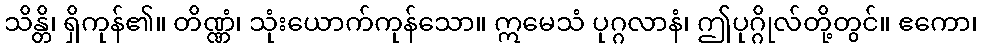
သိန္တိ၊ ရှိကုန်၏။ တိဏ္ဏံ၊ သုံးယောက်ကုန်သော။ ဣမေသံ ပုဂ္ဂလာနံ၊ ဤပုဂ္ဂိုလ်တို့တွင်။ ဧကော၊